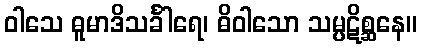
ဝါသေ ဓူမာဒိသင်္ခါရေ၊ ဓိဝါသော သမ္ပဋိစ္ဆနေ။